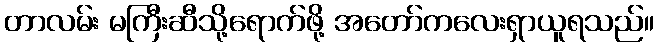
တာလမ်း မကြီးဆီသို့ရောက်ဖို့ အတော်ကလေးရှာယူရသည်။